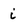
Character: i